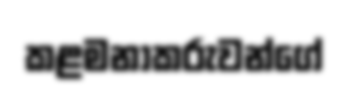
කළමනාකරුවන්ගේ